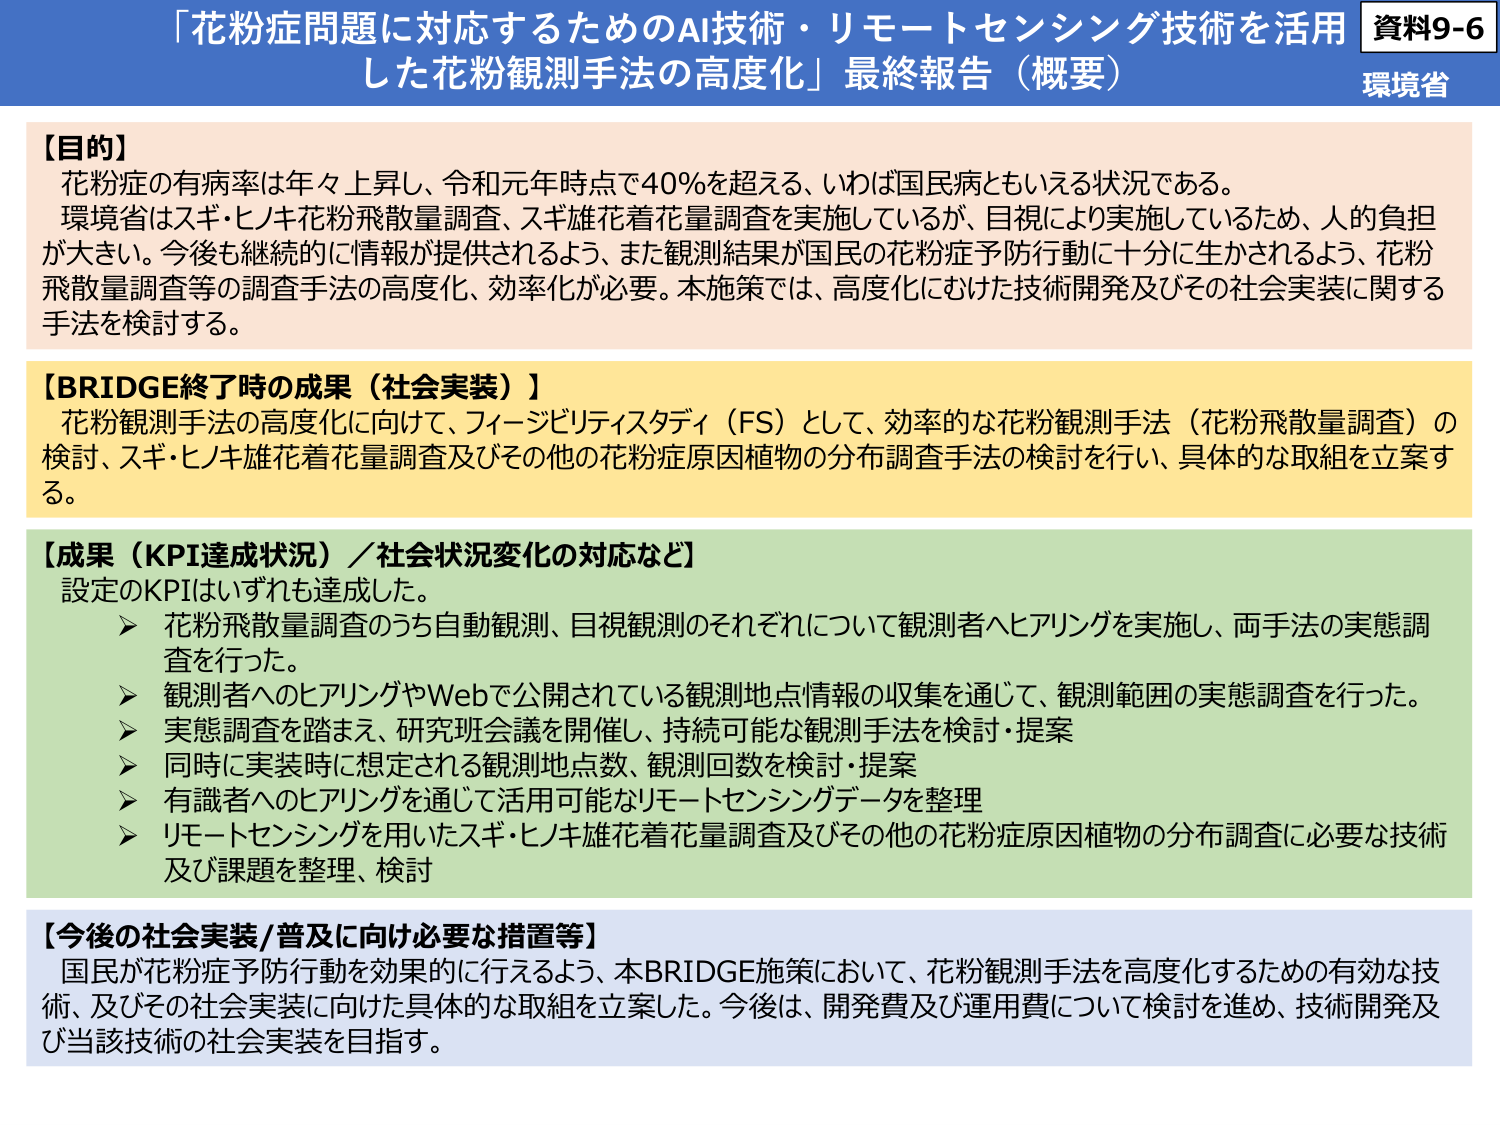
資料9-6
環境省
「花粉症問題に対応するためのAI技術・リモートセンシング技術を活用した花粉観測手法の高度化」最終報告（概要）

【目的】
花粉症の有病率は年々上昇し、令和元年時点で40％を超える、いわば国民病ともいえる状況である。
環境省はスギ・ヒノキ花粉飛散量調査、スギ雄花着花量調査を実施しているが、目視により実施しているため、人的負担が大きい。今後も継続的に情報が提供されるよう、また観測結果が国民の花粉症予防行動に十分に生かされるよう、花粉飛散量調査等の調査手法の高度化、効率化が必要。本施策では、高度化にむけた技術開発及びその社会実装に関する手法を検討する。

【BRIDGE終了時の成果（社会実装）】
花粉観測手法の高度化に向けて、フィージビリティスタディ（FS）として、効率的な花粉観測手法（花粉飛散量調査）の検討、スギ・ヒノキ雄花着花量調査及びその他の花粉症原因植物の分布調査手法の検討を行い、具体的な取組を立案する。

【成果（KPI達成状況）／社会状況変化の対応など】
設定のKPIはいずれも達成した。
➤ 花粉飛散量調査のうち自動観測、目視観測のそれぞれについて観測者へヒアリングを実施し、両手法の実態調査を行った。
➤ 観測者へのヒアリングやWebで公開されている観測地点情報の収集を通じて、観測範囲の実態調査を行った。
➤ 実態調査を踏まえ、研究班会議を開催し、持続可能な観測手法を検討・提案
➤ 同時に実装時に想定される観測地点数、観測回数を検討・提案
➤ 有識者へのヒアリングを通じて活用可能なリモートセンシングデータを整理
➤ リモートセンシングを用いたスギ・ヒノキ雄花着花量調査及びその他の花粉症原因植物の分布調査に必要な技術及び課題を整理、検討

【今後の社会実装/普及に向け必要な措置等】
国民が花粉症予防行動を効果的に行えるよう、本BRIDGE施策において、花粉観測手法を高度化するための有効な技術、及びその社会実装に向けた具体的な取組を立案した。今後は、開発費及び運用費について検討を進め、技術開発及び当該技術の社会実装を目指す。